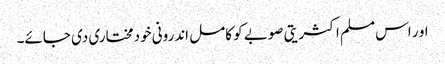
او ر اس مسلم اکثریتی صوبے کو کامل اندرونی خودمختاری دی جائے۔